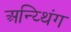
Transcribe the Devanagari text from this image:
अन्य्थिंग